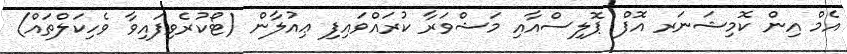
އެމް އިން ކޮމިޝަނަރ އޮފް ޕޮލިސްއާއި މަޝްވަރާ ކުރައްވައިފި ޢިއުލާން (ޓޯކުރެވިފައިވާ ވެހިކަލްތައް)